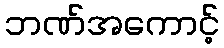
ဘဏ်အကောင့်